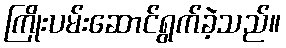
ကြိုးပမ်းဆောင်ရွက်ခဲ့သည်။